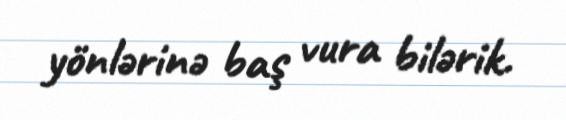
yönlərinə baş vura bilərik.